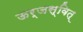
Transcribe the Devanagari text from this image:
ऊर्जस्वित्